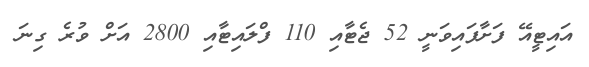
އައިޓީއޭ ފަށާފައިވަނީ 52 ޖެޓާއި 110 ފްލައިޓާއި 2800 އަށް ވުރެ ގިނަ